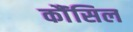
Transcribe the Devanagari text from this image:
कौंंसिल